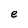
Character: e